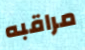
مراقبه